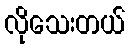
လိုသေးတယ်